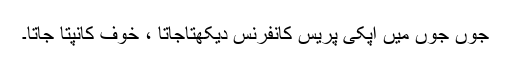
جوں جوں میں آپکی پریس کانفرنس دیکھتاجاتا ، خوف کانپتا جاتا۔